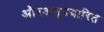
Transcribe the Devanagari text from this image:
औरअनुपचारित